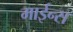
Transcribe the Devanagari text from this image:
माईन्स